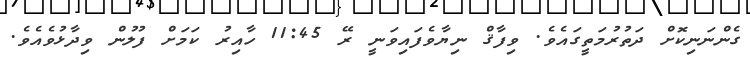
ގެންނަނިކޮށް ދަތުރުމަތީގައެވެ. ވިފާޤް ނިޔާވެފައިވަނީ ރޭ 11:45 ހާއިރު ކަމަށް ފުލުން ވިދާޅުވެއެވެ.